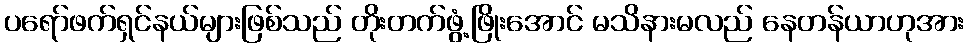
ပရော်ဖက်ရှင်နယ်များဖြစ်သည် တိုးတက်ဖွံ့ဖြိုးအောင် မသိနားမလည် နေတန်ယာဟုအား